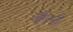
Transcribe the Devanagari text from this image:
जीतनी